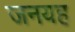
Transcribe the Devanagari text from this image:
जनयह